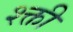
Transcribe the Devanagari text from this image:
श्क्ती